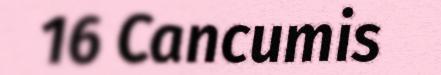
16 Cancumis